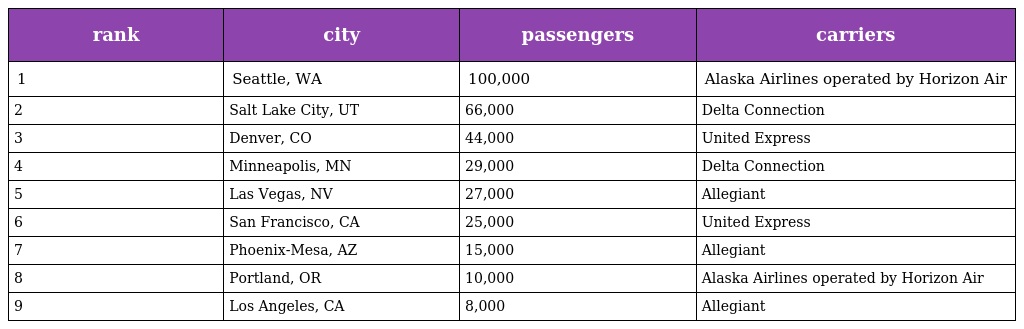
| rank | city | passengers | carriers |
 | --- | --- | --- | --- |
 | 1 | Seattle, WA | 100,000 | Alaska Airlines operated by Horizon Air |
 | 2 | Salt Lake City, UT | 66,000 | Delta Connection |
 | 3 | Denver, CO | 44,000 | United Express |
 | 4 | Minneapolis, MN | 29,000 | Delta Connection |
 | 5 | Las Vegas, NV | 27,000 | Allegiant |
 | 6 | San Francisco, CA | 25,000 | United Express |
 | 7 | Phoenix-Mesa, AZ | 15,000 | Allegiant |
 | 8 | Portland, OR | 10,000 | Alaska Airlines operated by Horizon Air |
 | 9 | Los Angeles, CA | 8,000 | Allegiant |